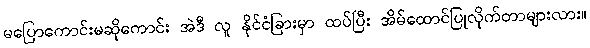
မပြောကောင်းမဆိုကောင်း အဲဒီ လူ နိုင်ငံခြားမှာ ထပ်ပြီး အိမ်ထောင်ပြုလိုက်တာများလား။